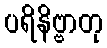
ပရိနိဗ္ဗာတု